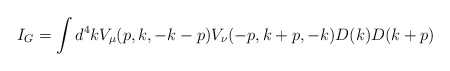
\begin{align*}I_G=\int d^4kV_\mu(p,k,-k-p)V_\nu(-p,k+p,-k)D(k)D(k+p)\end{align*}